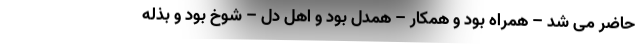
حاضر می شد – همراه بود و همکار – همدل بود و اهل دل – شوخ بود و بذله